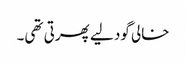
خالی گود لیے پھرتی تھی۔